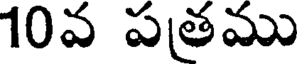
10వ పతము